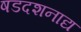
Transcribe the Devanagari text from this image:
षडदशनाद्य